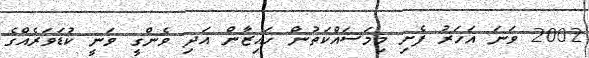
2002 ވަނަ އަހަރު ފެށި މިމަސައްކަތުން ހައިޒާން އަދި ވެންގީ ވަނީ ކުޑަވަރެއްގެ